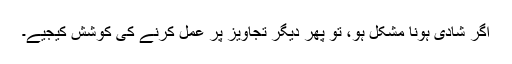
اگر شادی ہونا مشکل ہو، تو پھر دیگر تجاویز پر عمل کرنے کی کوشش کیجیے۔